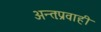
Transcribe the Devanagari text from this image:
अन्तःप्रवाही